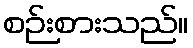
စဉ်းစားသည်။